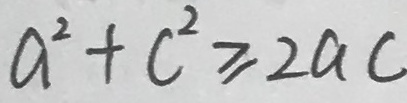
a ^ { 2 } + c ^ { 2 } \geq 2 a c